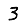
Digit: 3